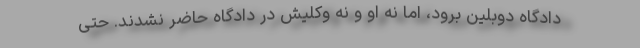
دادگاه دوبلین برود، اما نه او و نه وکلیش در دادگاه حاضر نشدند. حتی